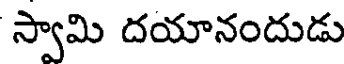
స్వామి దయానందుడు